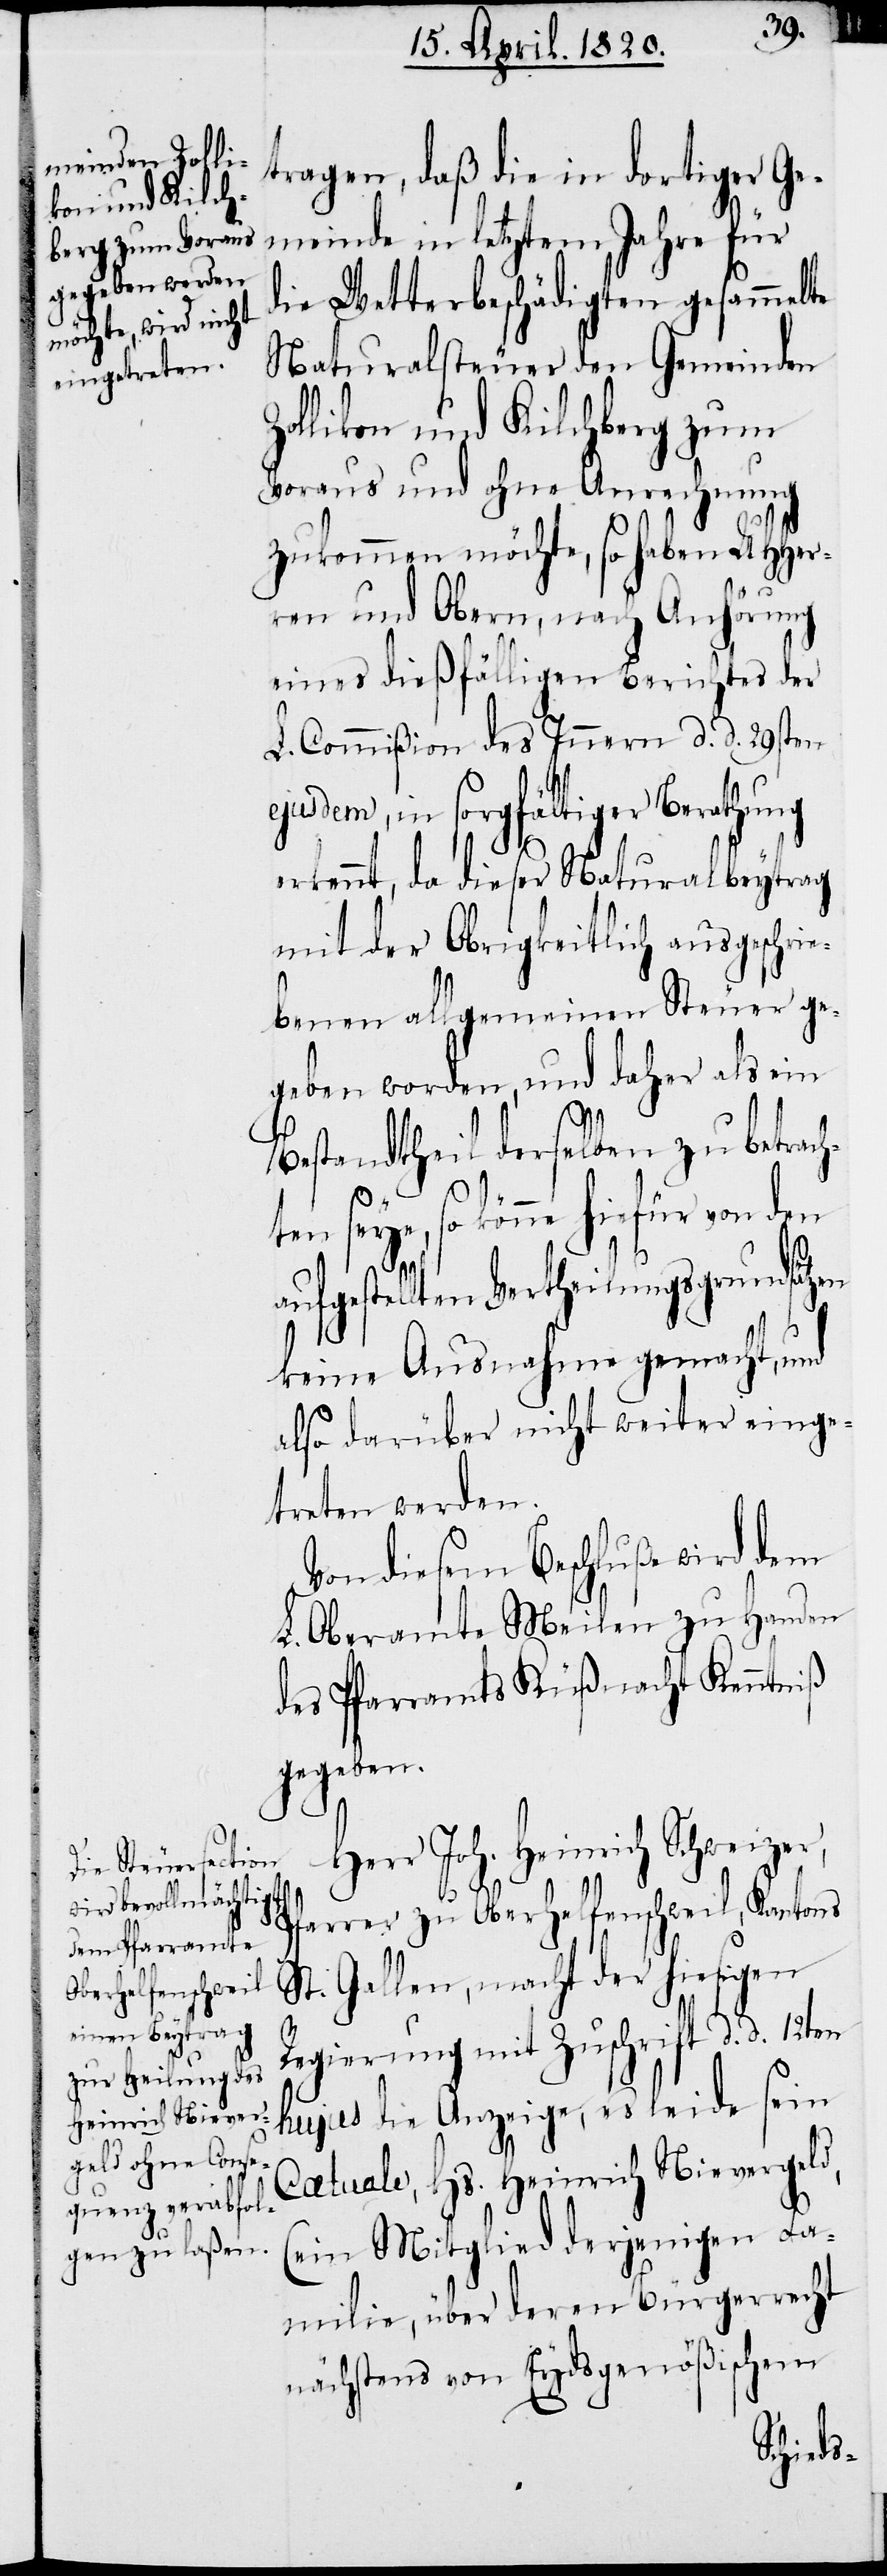
Heinrich Niever¬

tragen, daß die in dortiger Ge¬
meinde in letztem Jahre für
die Wetterbeschädigten gesammelte
Naturalsteuer den Gemeinden
Zollikon und Kilchberg zum
Voraus und ohne Anrechnung
zukommen möchte, so haben UHHer¬
ren und Obern, nach Anhörung
eines dießfälligen Berichtes der
L. Commißion des Innern d. d. 29sten
ejusdem, in sorgfältiger Berathung
erkennt, da dieser Naturalbeytrag
mit der Obrigkeitlich ausgeschrie¬
benen allgemeinen Steuer ge¬
geben worden, und daher als im
geld,
Bestandtheil derselben zu betrach¬
ten seye, so könne hiefür von den
Hs.
gestellten Verteilungsgrundsätzen
keine Ausnahme gemacht, und
also darüber nicht weiter einge¬
treten werden.
Von diesem Beschluße wird dem
L. Oberamte Meilen zu Handen
des Pfarramts Küßnacht Kenntniß
gegeben.
Herr Joh. Heinrich Schweizer,
Pfarrer zu Oberhelfenschweil, Kantons
St. Gallen, macht der hiesigen
Regierung mit Zuschrift d. d. 12ten
hujus die Anzeige, es leide sein
(ein Mitglied derjenigen Fa¬
milie, über deren Bürgerrecht
nächstens von Eydsgenößischen